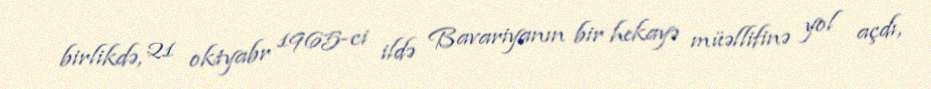
birlikdə, 21 oktyabr 1965-ci ildə Bavariyanın bir hekayə müəllifinə yol açdı,